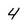
Character: 4